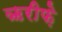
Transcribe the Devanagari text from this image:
ऋरीफ़े